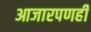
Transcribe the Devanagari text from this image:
आजारपणही